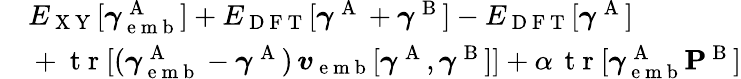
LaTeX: \begin{array}{rl}{\newline}&{{}E_{\mathrm{~X~Y~}}[\boldsymbol{\gamma}_{\mathrm{~e~m~b~}}^{\mathrm{~A~}}]+E_{\mathrm{~D~F~T~}}[\boldsymbol{\gamma}^{\mathrm{~A~}}+\boldsymbol{\gamma}^{\mathrm{~B~}}]-E_{\mathrm{~D~F~T~}}[\boldsymbol{\gamma}^{\mathrm{~A~}}]}\\ {\newline}&{{}+\mathrm{~t~r~}[(\boldsymbol{\gamma}_{\mathrm{~e~m~b~}}^{\mathrm{~A~}}-\boldsymbol{\gamma}^{\mathrm{~A~}})\, \boldsymbol{v}_{\mathrm{~e~m~b~}}[\boldsymbol{\gamma}^{\mathrm{~A~}},\boldsymbol{\gamma}^{\mathrm{~B~}}]]+\alpha\, \mathrm{~t~r~}[\boldsymbol{\gamma}_{\mathrm{~e~m~b~}}^{\mathrm{~A~}}\mathbf{P}^{\mathrm{~B~}}]}\end{array}